NAE_ERA_R-2324_Eesti_Vabariigi_Pohiseaduslik_Assamblee, lk 123
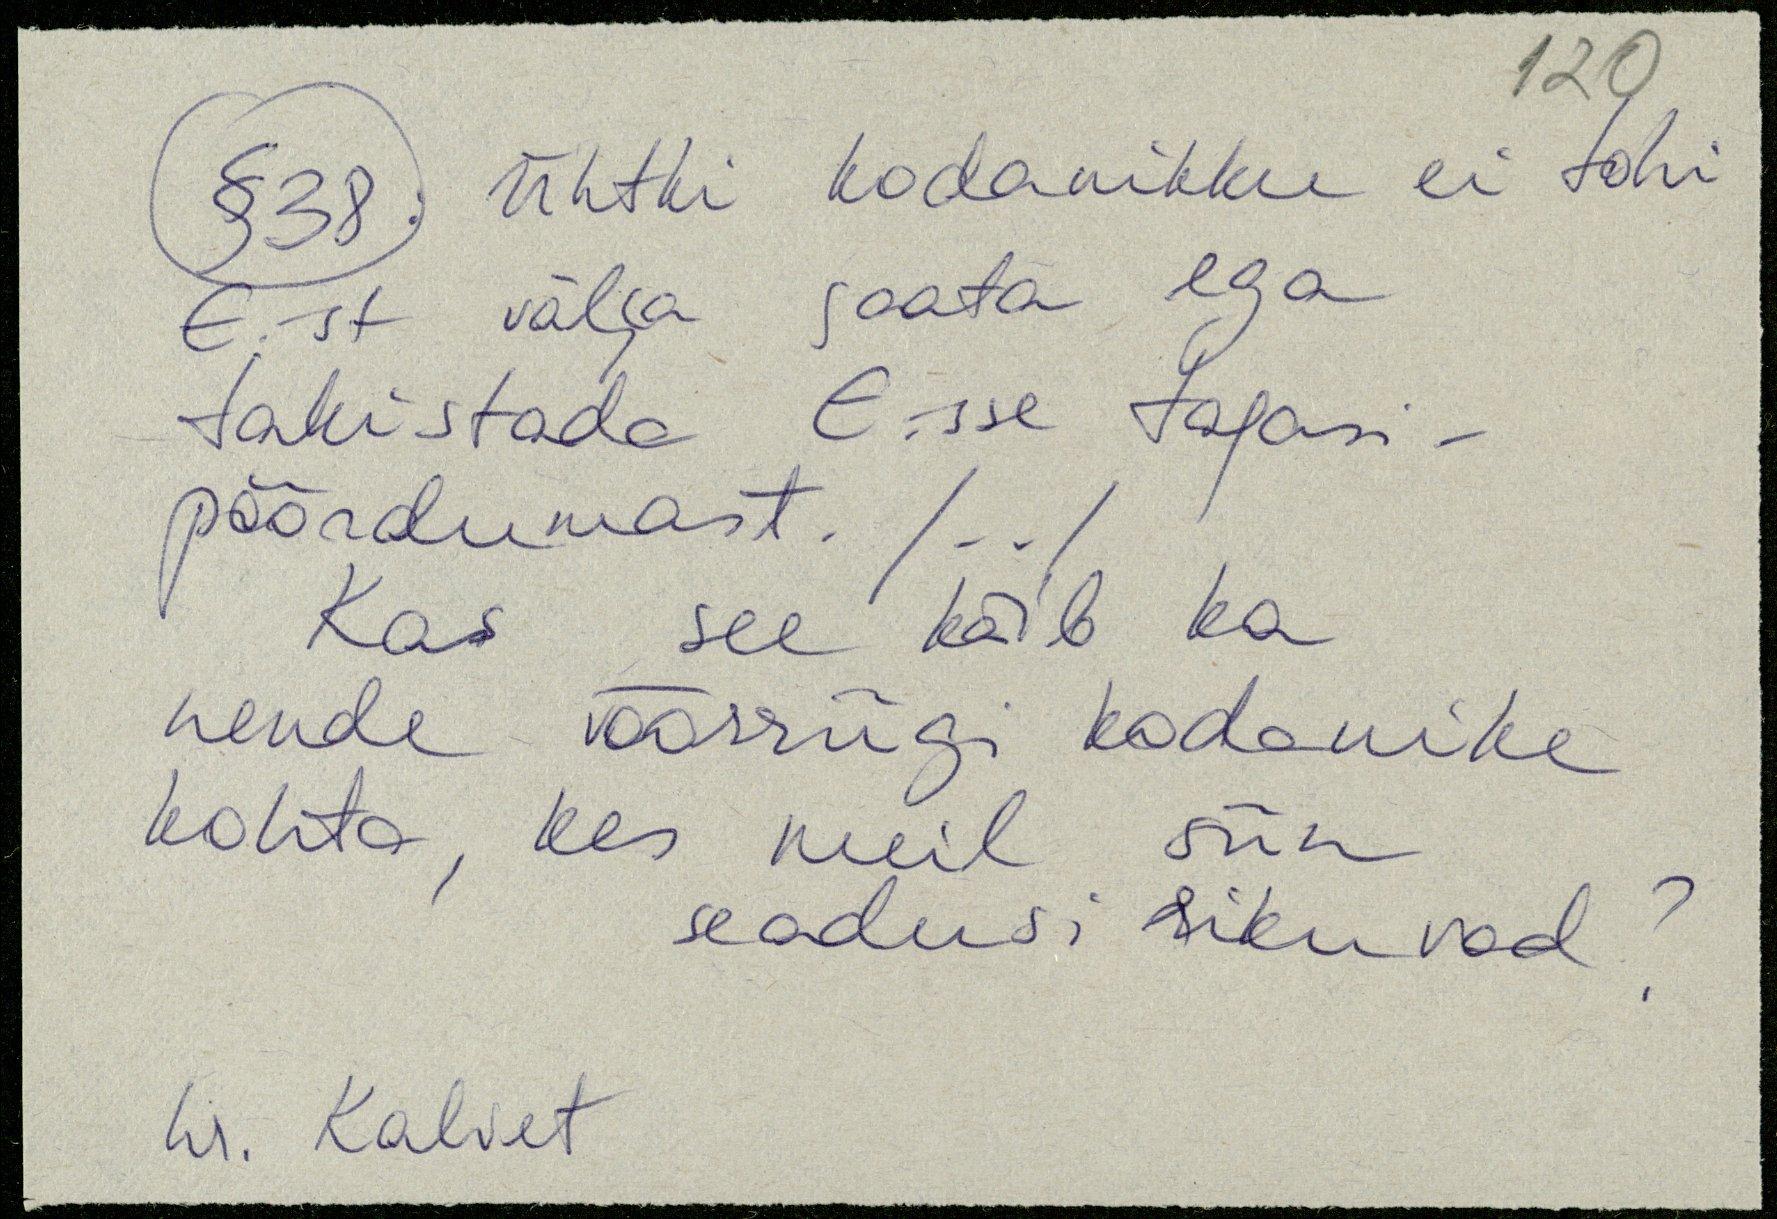
§38 Ühtki kodanikku ei tohi
E.st välja saata ega
takistade E.-sse tagasi
pöördumast/../
Kas see käib ka
nende võõrriigi kodanike
kohta, kes meil siin
seadusi rikuvad?
hr. Kalvet